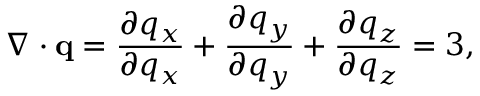
\nabla \cdot \mathbf { q } = { \frac { \partial q _ { x } } { \partial q _ { x } } } + { \frac { \partial q _ { y } } { \partial q _ { y } } } + { \frac { \partial q _ { z } } { \partial q _ { z } } } = 3 ,